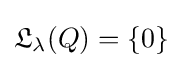
{\mathfrak {L}}_{\lambda }(Q)=\{0\}